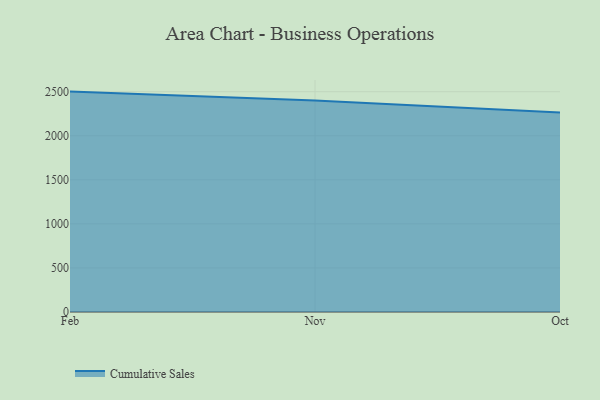
{"axis": {"x": "Month", "y": "Latency (ms)"}, "legend": ["Cumulative Sales"], "data": [{"x": "Feb", "y": 2501.3, "type": "Cumulative Sales"}, {"x": "Nov", "y": 2400.3, "type": "Cumulative Sales"}, {"x": "Oct", "y": 2263.8, "type": "Cumulative Sales"}]}